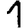
Digit: 1